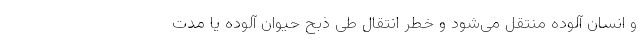
و انسان آلوده منتقل می‌شود و خطر انتقال طی ذبح حیوان آلوده یا مدت